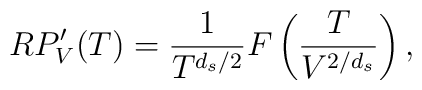
RP_V'(T) = \frac{1}{T^{d_s/2}} F\left(\frac{T}{V^{2/d_s}}\right),